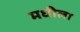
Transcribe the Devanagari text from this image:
मधीला